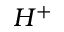
H ^ { + }